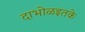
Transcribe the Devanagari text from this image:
दाभोळइतके